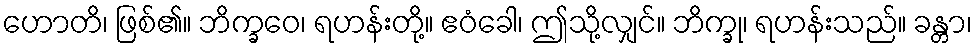
ဟောတိ၊ ဖြစ်၏။ ဘိက္ခဝေ၊ ရဟန်းတို့။ ဧဝံခေါ၊ ဤသို့လျှင်။ ဘိက္ခု၊ ရဟန်းသည်။ ခန္တာ၊